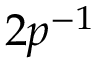
2 p ^ { - 1 }